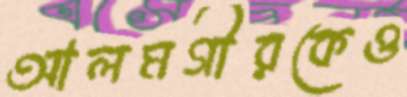
আলমগীরকেও